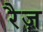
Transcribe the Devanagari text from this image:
रैज़